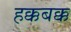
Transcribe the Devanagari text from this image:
हक्कबक्क